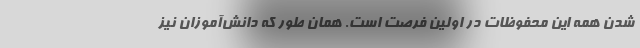
شدن همه این محفوظات در اولین فرصت است. همان طور که دانش‌آموزان نیز